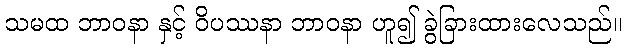
သမထ ဘာဝနာ နှင့် ဝိပဿနာ ဘာဝနာ ဟူ၍ ခွဲခြားထားလေသည်။